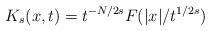
LaTeX: \begin{align*}K_s(x,t)=t^{-N/2s}F(|x|/t^{1/2s})\end{align*}